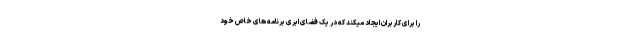
را برای کاربران ایجاد میکند که در یک فضای ابری برنامه های خاص خود